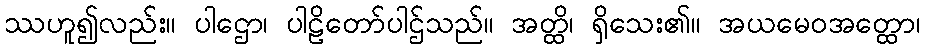
ဿဟူ၍လည်း။ ပါဌော၊ ပါဠိတော်ပါဌ်သည်။ အတ္ထိ၊ ရှိသေး၏။ အယမေဝအတ္ထော၊